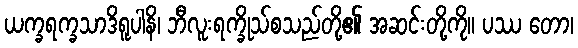
ယက္ခရက္ခသာဒိရူပါနိ၊ ဘီလူးရက္ခိုသ်စသည်တို့၏ အဆင်းတို့ကို။ ပဿ တော၊